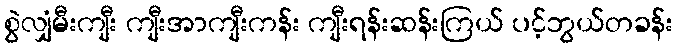
စွဲလျှံမီးကျီး ကျီးအာကျီးကန်း ကျီးရန်းဆန်းကြယ် ပင့်ဘွယ်တခန်း